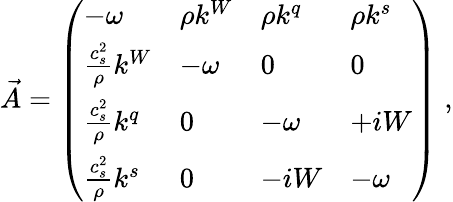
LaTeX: \vec{A}=\left(\begin{array}{llll}{-{\omega}}&{\rho k^{W}}&{\rho k^{q}}&{\rho k^{s}}\\ {\frac{c_{s}^{2}}{\rho}k^{W}}&{-{\omega}}&{0}&{0}\\ {\frac{c_{s}^{2}}{\rho}k^{q}}&{0}&{-{\omega}}&{+iW}\\ {\frac{c_{s}^{2}}{\rho}k^{s}}&{0}&{-iW}&{-{\omega}}\end{array}\right)\; ,